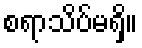
စရာသိပ်မရှိ။